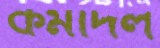
কর্মীদল